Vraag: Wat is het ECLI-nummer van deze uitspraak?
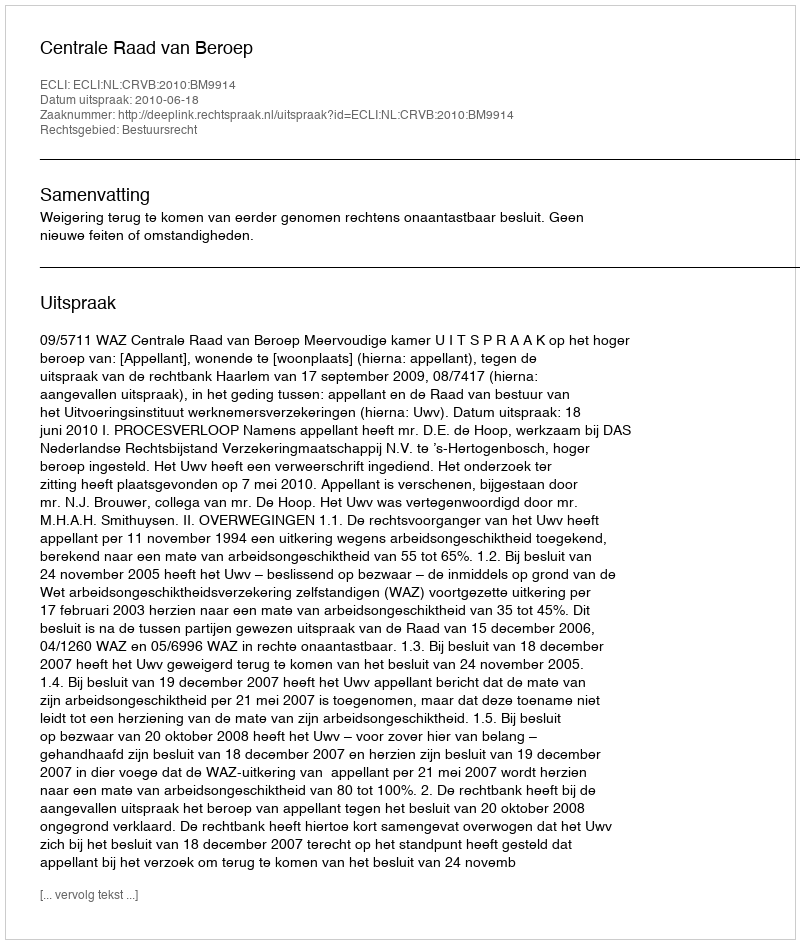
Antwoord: ECLI:NL:CRVB:2010:BM9914